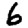
Digit: 6